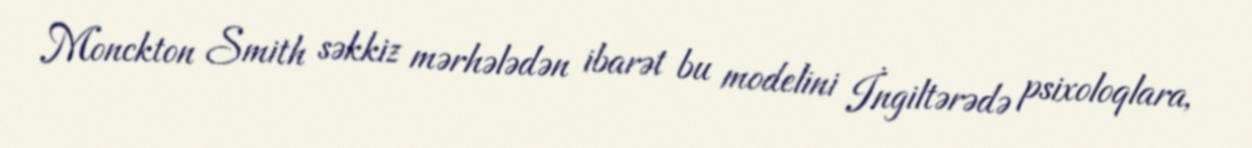
Monckton Smith səkkiz mərhələdən ibarət bu modelini İngiltərədə psixoloqlara,